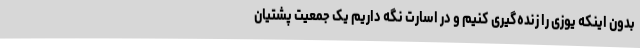
بدون اینکه یوزی را زنده‌گیری کنیم و در اسارت نگه داریم یک جمعیت پشتیان